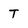
Character: T